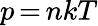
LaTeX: p\, {=}\, nkT